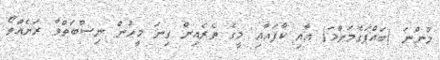
މުންނަ (ބައްޕަގެމަންމަ) އާއި ކާފައާއި މީގެ ތެރެއިން ގިނަ މީހުން ނިސްބަތްވާ ރަށެއްތޯ